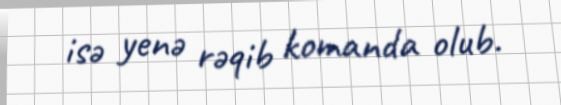
isə yenə rəqib komanda olub.